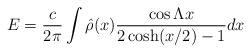
\begin{align*}E={c\over 2\pi} \int \hat{\rho}(x){\cos\Lambda x\over 2\cosh(x/2)-1}dx\end{align*}